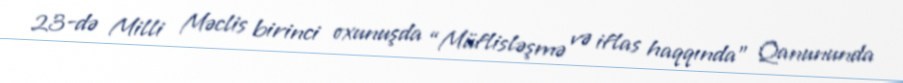
23-də Milli Məclis birinci oxunuşda “Müflisləşmə və iflas haqqında” Qanununda